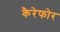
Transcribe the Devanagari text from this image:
कैरेफोर